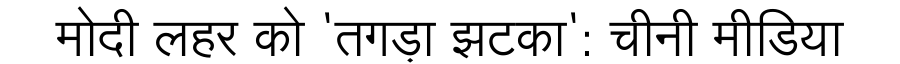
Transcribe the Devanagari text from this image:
मोदी लहर को 'तगड़ा झटका': चीनी मीडिया